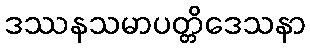
ဒဿနသမာပတ္တိဒေသနာ